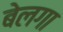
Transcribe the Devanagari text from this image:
बेलगा